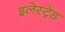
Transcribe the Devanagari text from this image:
इलेस्ट्रेड